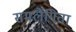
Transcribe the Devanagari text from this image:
समलैंगिता